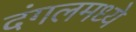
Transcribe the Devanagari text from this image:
दंगलमध्ये